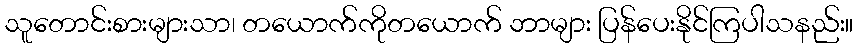
သူတောင်းစားများသာ၊ တယောက်ကိုတယောက် ဘာများ ပြန်ပေးနိုင်ကြပါသနည်း။